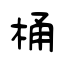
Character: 桶